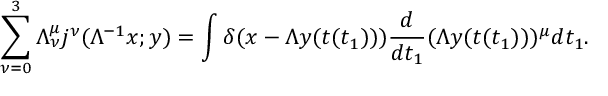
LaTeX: \sum _ { \nu = 0 } ^ { 3 } \Lambda _ { \nu } ^ { \mu } j ^ { \nu } ( \Lambda ^ { - 1 } x ; y ) = \int \delta ( x - \Lambda y ( t ( t _ { 1 } ) ) ) \frac { d } { d t _ { 1 } } ( \Lambda y ( t ( t _ { 1 } ) ) ) ^ { \mu } d t _ { 1 } .